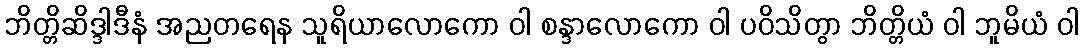
ဘိတ္တိဆိဒ္ဒါဒီနံ အညတရေန သူရိယာလောကော ဝါ စန္ဒာလောကော ဝါ ပဝိသိတွာ ဘိတ္တိယံ ဝါ ဘူမိယံ ဝါ